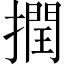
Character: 撋